Medical and sanitary report of the native army of Madras for the year
Year: 1877
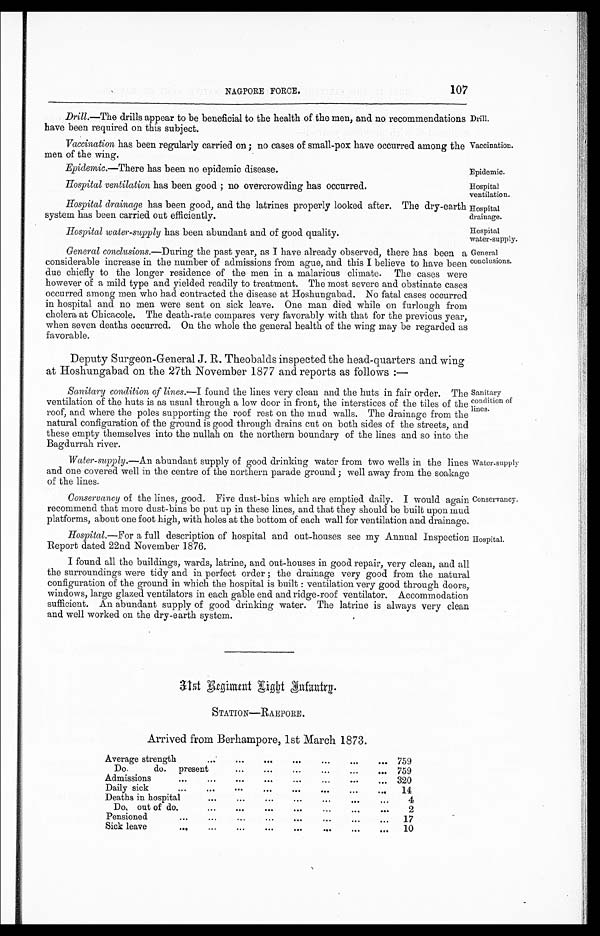
NAGPORE FORCE.
107
Drill.
Vaccination.
Epidemic.
Hospital
ventilation.
Drill.—The drills appear to be beneficial to the health of the men, and no recommendations
have been required on this subject.
Vaccination has been regularly carried on; no cases of small-pox have occurred among the
men of the wing.
Epidemic.—There has been no epidemic disease.
Hospital ventilation has been good ; no overcrowding has occurred.
Hospital drainage has been good, and the latrines properly looked after. The dry-earth
system has been carried out efficiently.
Hospital
drainage.
Hospital water-supply has been abundant and of good quality.
Hospital
water-supply.
General conclusions.—During the past year, as I have already observed, there has been a
considerable increase in the number of admissions from ague, and this I believe to have been
due chiefly to the longer residence of the men in a malarious climate. The cases were
however of a mild type and yielded readily to treatment. The most severe and obstinate cases
occurred among men who had contracted the disease at Hoshungabad. No fatal cases occurred
in hospital and no men were sent on sick leave. One man died while on furlough from
cholera at Chicacole. The death-rate compares very favorably with that for the previous year,
when seven deaths occurred. On the whole the general health of the wing may be regarded as
f a v o r a b l e
Deputy Surgeon-General J. R. Theobalds inspected the head-quarters and wing
at Hoshungabad on the 27th November 1877 and reports as follows :—
General
conclusions.
Sanitary condition of lines.– I found the lines very clean and the huts in fair order. The
ventilation of the huts is as usual through a low door in front, the interstices of the tiles of the
roof, and where the poles supporting the roof rest on the mud walls. The drainage from the
natural configuration of the ground is good through drains cut on both sides of the streets, and
these empty themselves into the nullah on the northern boundary of the lines and so into the
Bagdurrah river.
Water-supply.—An abundant supply of good drinking water from two wells in the lines
and one covered well in the centre of the northern parade ground ; well away from the soakage
of the lines.
Conservancy of the lines, good. Five dust-bin.s which are emptied daily. I would again
recommend that more dust-bins be put up in these lines, and that they should be built upon mud
platforms, about one foot high, with holes at the bottom of each wall for ventilation and drainage.
Hospital.—For a full description of hospital and out-houses see my Annual Inspection
Report dated 22nd November 1876.
Sanitary
condition of
lines.
Water-supply
Conservancy.
Hospital.
I found all the buildings, wards, latrine, and out-houses in good repair, very clean, and all
the surroundings were tidy and in perfect order ; the drainage very good from the natural
configuration of the ground in which the hospital is built : ventilation very good through doors,
windows, large glazed ventilators in each gable end and ridge-roof ventilator. Accommodation
sufficient. An abundant supply of good drinking water. The latrine is always very clean
and well worked on the dry-earth system.
3 1 s t R e g i m e n t R i g h t I n f a n t r y .
STATION—RAEPORE.
Arrived from Berhampore, 1st March 1873.
Average strength
•••
...
. . .
. . .
...
...
... 759
Do. do. presen
...
...
...
...
...
... 759
Admissions
•••
...
. . .
. . .
. . .
. . .
. . . ... 320
Daily sick•••
. . .
. . .
...
. . .
...
. . . 14
Deaths in hospital
...
...
...
...
...
...
... 4
Do. out of do.
...
. . .
...
...
...
. . .
. . . 2
Pensioned...
...
... ...
...
...
... 17
Sick leave
••. ...
...
. . .
. . .
. . .
. . .
. . . 10